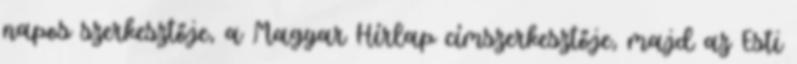
napos szerkesztője, a Magyar Hírlap címszerkesztője, majd az Esti